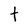
Character: t